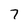
Character: 7